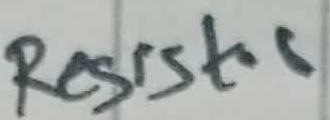
Text: Resistor